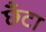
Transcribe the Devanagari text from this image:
छँटा